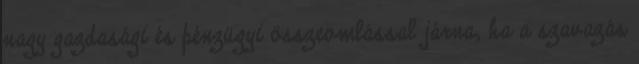
nagy gazdasági és pénzügyi összeomlással járna, ha a szavazás